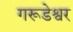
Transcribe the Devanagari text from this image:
गरूडेश्वर